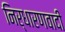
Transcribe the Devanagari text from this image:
निर्धारणवादी